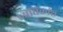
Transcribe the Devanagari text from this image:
।अधिकांश